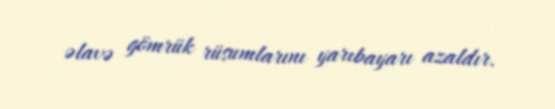
əlavə gömrük rüsumlarını yarıbayarı azaldır.